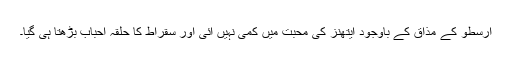
ارسطو کے مذاق کے باوجود ایتھنز کی محبت میں کمی نہیں آئی اور سقراط کا حلقہ احباب بڑھتا ہی گیا۔